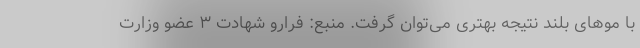
با مو‌های بلند نتیجه بهتری می‌توان گرفت. منبع: فرارو شهادت ۳ عضو وزارت